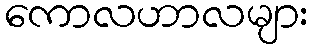
ကောလဟာလများ